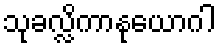
သုခလ္လိကာနုယောဂါ